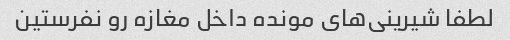
لطفا شیرینی‌های مونده داخل مغازه رو نفرستین